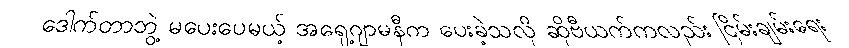
ဒေါက်တာဘွဲ့ မပေးပေမယ့် အရှေ့ဂျာမနီက ပေးခဲ့သလို ဆိုဗီယက်ကလည်း ငြိမ်းချမ်းရေး